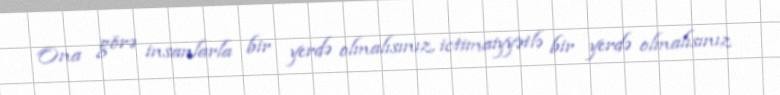
Ona görə insanlarla bir yerdə olmalısınız, ictimaiyyətlə bir yerdə olmalısınız